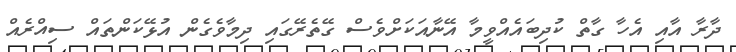
ދާރާ އާއި އެހާ ގާތް ކުދިބައެއްވީމާ އޭނާއަކަށްވެސް ގޭތެރޭގައި ދިމާވެގެން އުޅޭކަންތައް ސިއްރެއް